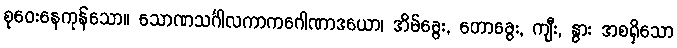
စုဝေးနေကုန်သော။ သောဏသင်္ဂါလကာကဂေါဏာဒယော၊ အိမ်ခွေး, တောခွေး, ကျီး, နွား အစရှိသော